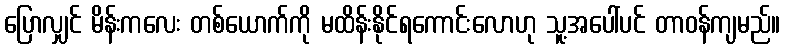
ပြောလျှင် မိန်းကလေး တစ်ယောက်ကို မထိန်းနိုင်ရကောင်းလောဟု သူ့အပေါ်ပင် တာဝန်ကျမည်။